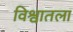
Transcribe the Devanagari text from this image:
विश्वातला